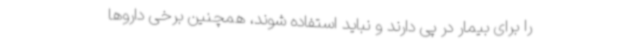
را برای بیمار در پی دارند و نباید استفاده شوند، همچنین برخی داروها